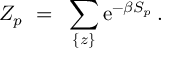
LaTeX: Z _ { p } ~ = ~ \sum _ { \{ z \} } \mathrm { e } ^ { - \beta S _ { p } } \, .